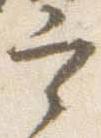
宰